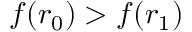
f ( r _ { 0 } ) > f ( r _ { 1 } )